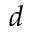
d